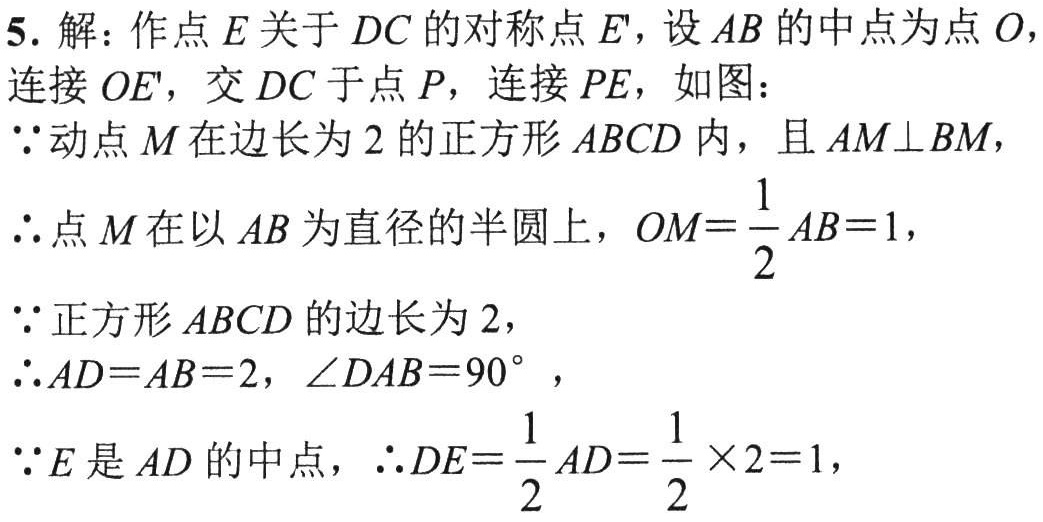
5. 解：作点\(E\)关于\(DC\)的对称点\(E'\)，设\(AB\)的中点为点\(O\)，
连接\(OE'\)，交\(DC\)于点\(P\)，连接\(PE\)，如图：
\(\because\)动点\(M\)在边长为\(2\)的正方形\(ABCD\)内，且\(AM\perp BM\)，
\(\therefore\)点\(M\)在以\(AB\)为直径的半圆上，\(OM = \frac{1}{2}AB = 1\)，
\(\because\)正方形\(ABCD\)的边长为\(2\)，
\(\therefore AD = AB = 2\)，\(\angle DAB = 90^{\circ}\)，
\(\because E\)是\(AD\)的中点，\(\therefore DE=\frac{1}{2}AD=\frac{1}{2}\times2 = 1\)，